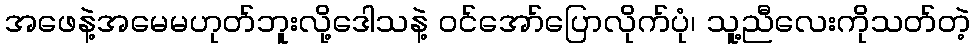
အဖေနဲ့အမေမဟုတ်ဘူးလို့ဒေါသနဲ့ ဝင်အော်ပြောလိုက်ပုံ၊ သူ့ညီလေးကိုသတ်တဲ့